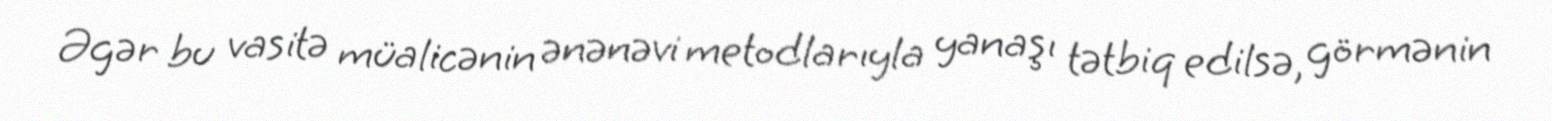
Əgər bu vasitə müalicənin ənənəvi metodlarıyla yanaşı tətbiq edilsə, görmənin